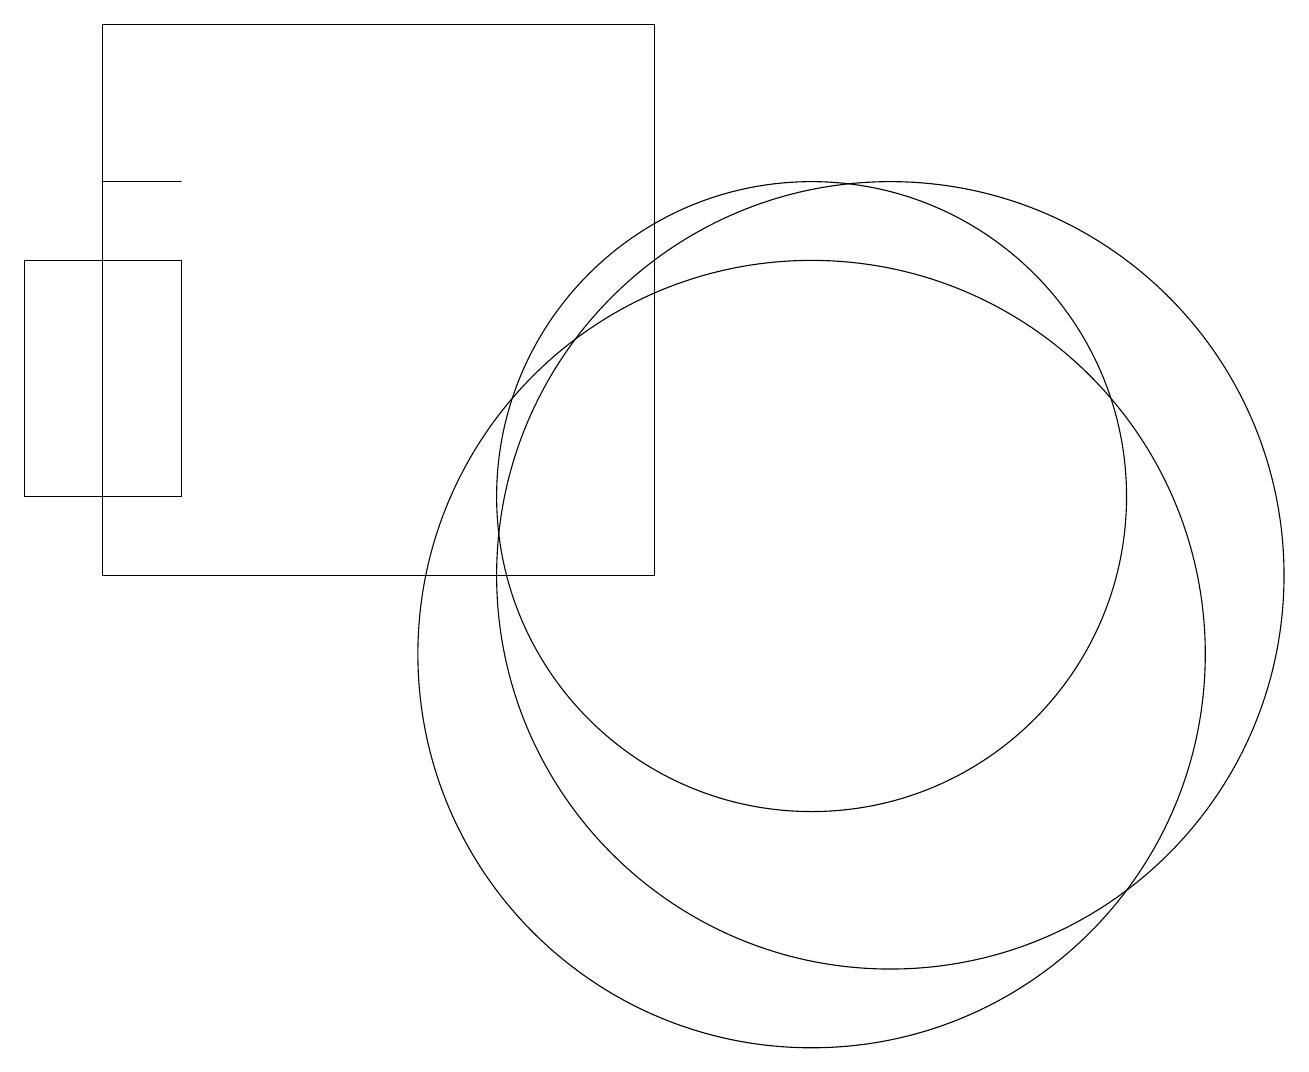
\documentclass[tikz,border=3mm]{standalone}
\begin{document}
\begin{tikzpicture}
\draw (10,12) circle (4);
\draw (11,11) circle (5);
\draw (10,10) circle (5);
\draw (0,15) rectangle (2,12);
\draw (1,16) rectangle (2,16);
\draw (1,18) rectangle (8,11);
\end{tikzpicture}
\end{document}